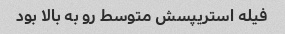
فیله استریپسش متوسط رو به بالا بود